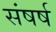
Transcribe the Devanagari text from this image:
संषर्ष